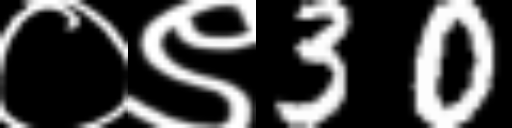
Text: ०९30